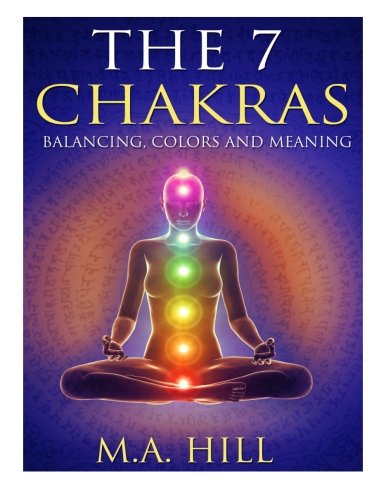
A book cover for The 7 Chakras: Balancing, Color and Meaning; M. A. Hill; Religion & Spirituality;